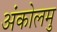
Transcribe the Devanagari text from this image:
अंकोलमु